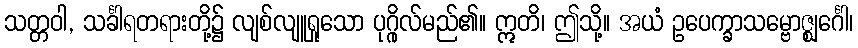
သတ္တဝါ, သင်္ခါရတရားတို့၌ လျစ်လျူရှုသော ပုဂ္ဂိုလ်မည်၏။ ဣတိ၊ ဤသို့။ အယံ ဥပေက္ခာသမ္ဗောဇ္ဈင်္ဂေါ၊